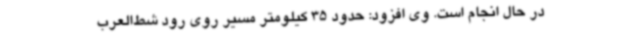
در حال انجام است. وی افزود: حدود 35 کیلومتر مسیر روی رود شط‌العرب